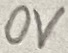
Text: 0V